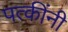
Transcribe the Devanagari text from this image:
पत्कींनी